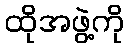
ထိုအဖွဲ့ကို